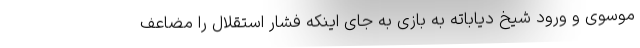
موسوی و ورود شیخ دیاباته به بازی به جای اینکه فشار استقلال را مضاعف